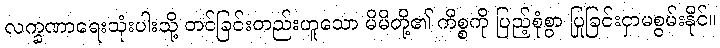
လက္ခဏာရေးသုံးပါးသို့ တင်ခြင်းတည်းဟူသော မိမိတို့၏ ကိစ္စကို ပြည့်စုံစွာ ပြုခြင်းငှာမစွမ်းနိုင်။